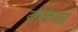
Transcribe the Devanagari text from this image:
वौकेशा